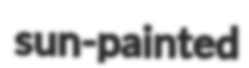
sun-painted